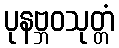
ပုနဗ္ဘဝသုတ္တံ